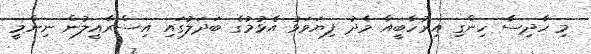
މި ހާދިސާ ހިންގި އިރުހާބީއާ މެދު ފިޔަވަޅު އެޅުމުގެ ބަދަލުގައި އިސްރާއީލުން ނިންމީ